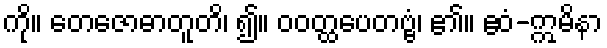
ကို။ တေဇောဓာတူတိ၊ ၍။ ဝဝတ္ထပေတဗ္ဗံ၊ ၏။ ဧဝံ-ဣမိနာ